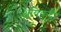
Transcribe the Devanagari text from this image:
अयिकुट्टी